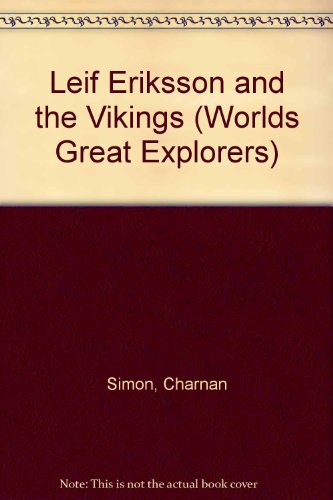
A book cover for Leif Eriksson and the Vikings (Worlds Great Explorers); Charnan Simon; Biographies & Memoirs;